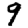
Digit: 9